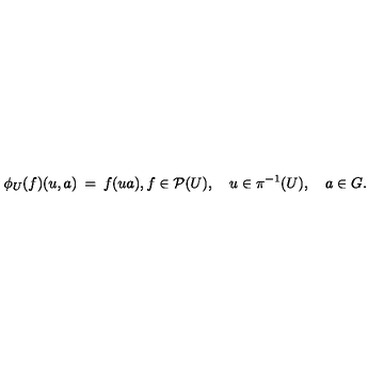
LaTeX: \phi _ { U } ( f ) ( u , a ) \: = \: f ( u a ) , f \in { \cal P } ( U ) , \quad u \in \pi ^ { - 1 } ( U ) , \quad a \in G .